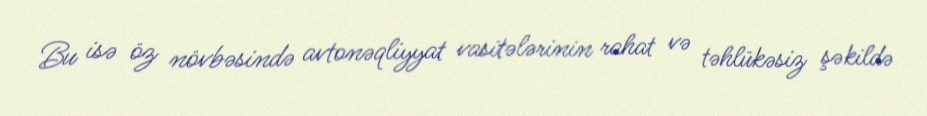
Bu isə öz növbəsində avtonəqliyyat vasitələrinin rahat və təhlükəsiz şəkildə